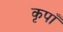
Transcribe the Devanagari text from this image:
कृपाँ